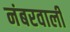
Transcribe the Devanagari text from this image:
नंबरवाली